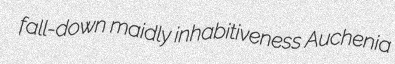
fall-down maidly inhabitiveness Auchenia